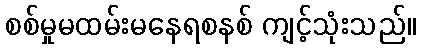
စစ်မှုမထမ်းမနေရစနစ် ကျင့်သုံးသည်။